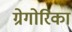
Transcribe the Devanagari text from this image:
ग्रेगोरिका